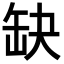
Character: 缺